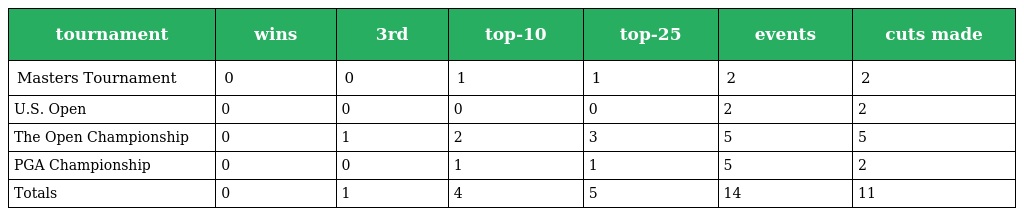
| tournament | wins | 3rd | top-10 | top-25 | events | cuts made |
 | --- | --- | --- | --- | --- | --- | --- |
 | Masters Tournament | 0 | 0 | 1 | 1 | 2 | 2 |
 | U.S. Open | 0 | 0 | 0 | 0 | 2 | 2 |
 | The Open Championship | 0 | 1 | 2 | 3 | 5 | 5 |
 | PGA Championship | 0 | 0 | 1 | 1 | 5 | 2 |
 | Totals | 0 | 1 | 4 | 5 | 14 | 11 |